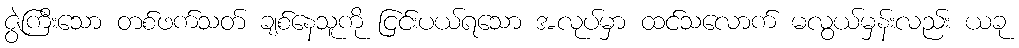
ဇွဲကြီးသော တစ်ဖက်သတ် ချစ်နေသူကို ငြင်းပယ်ရသော အလုပ်မှာ ထင်သလောက် မလွယ်မှန်းလည်း ယခု